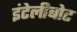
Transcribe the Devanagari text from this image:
इंटेलीबोट